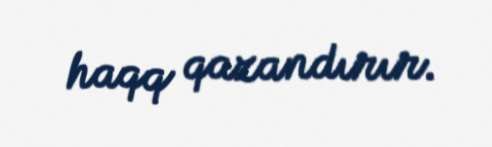
haqq qazandırır.